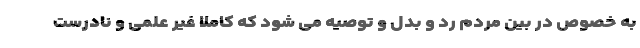
به خصوص در بین مردم رد و بدل و توصیه می شود که کاملا غیر علمی و نادرست